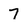
Character: 7